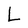
Character: L